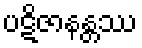
ပဋိဇာနန္တဿ